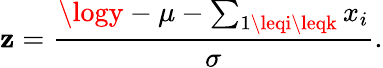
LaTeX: \mathbf{z}=\frac{{\logy-\mu-\sum_{1\leqi\leqk}x_{i}}}{{\sigma}}.